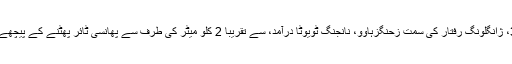
3:30، ژانگلونگ رفتار کی سمت زحنگزہاوو، نانجنگ ٹویوٹا درآمد، سے تقریبا 2 کلو میٹر کی طرف سے پھانسی ٹائر پھٹنے کے پیچھے ہے ۔